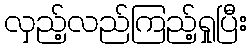
လှည့်လည်ကြည့်ရှုပြီး